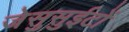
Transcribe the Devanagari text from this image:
जेसुसुईटों